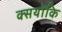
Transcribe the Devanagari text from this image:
क्सयोंकि